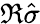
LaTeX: \Re\hat{\sigma}